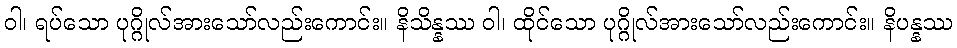
ဝါ၊ ရပ်သော ပုဂ္ဂိုလ်အားသော်လည်းကောင်း။ နိသိန္နဿ ဝါ၊ ထိုင်သော ပုဂ္ဂိုလ်အားသော်လည်းကောင်း။ နိပန္နဿ